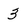
Character: 3